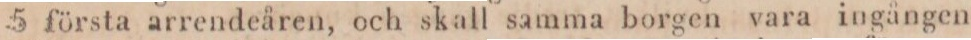
5 första arrendeåren, och skall samma borgen vara ingången